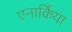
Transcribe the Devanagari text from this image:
एनार्किया